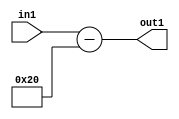
`timescale 1ps / 1ps
/*****************************************************************************
    Verilog RTL Description
    
    
    Created by: Stratus DpOpt 2019.1.01 
*******************************************************************************/

module st_weight_addr_gen_Subi32u16_4_8 (
	in1,
	out1
	); /* architecture "behavioural" */ 
input [15:0] in1;
output [16:0] out1;
wire [16:0] asc001;

assign asc001 = 
	+(in1)
	-(17'B00000000000100000);

assign out1 = asc001;
endmodule

/* CADENCE  ubH4SA0= : u9/ySgnWtBlWxVPRXgAZ4Og= ** DO NOT EDIT THIS LINE ******/